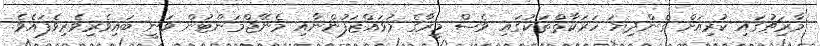
މާރިޗުގައި ކުރިއަށް ގެންދިޔަ ހަރަކާތްތަކުގައި ވެސް މީރާގެ މުވައްޒަފުންނާއި މެނޭޖްމަންޓުން ވަނީ ބައިވެރިވެރިވެފައެވެ.